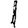
Digit: 1